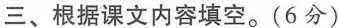
三、根据课文内容填空。(6分)